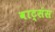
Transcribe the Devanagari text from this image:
वाट्संस